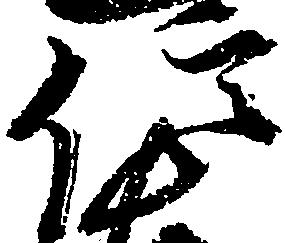
信